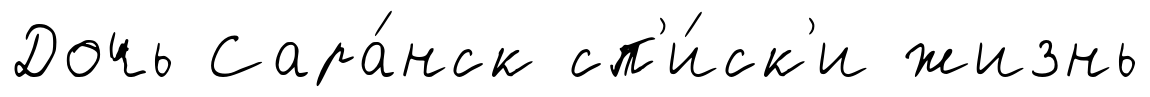
Дочь Сара́нск сп'и́ск'и жизнь